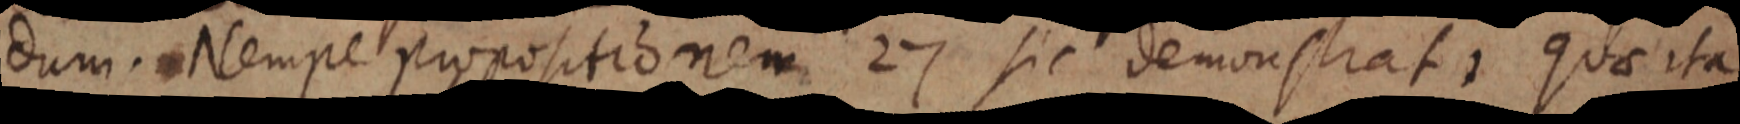
dum. Nempe propositionem 27 sic demonstrat, Quae ita